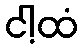
ငါ့ထံ